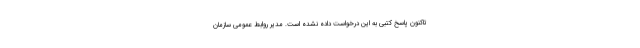
تاکنون پاسخ کتبی به این درخواست داده نشده است. مدیر روابط عمومی سازمان